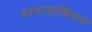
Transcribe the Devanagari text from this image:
दरवाजाशिवाय